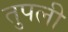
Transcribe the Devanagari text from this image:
तुपली